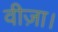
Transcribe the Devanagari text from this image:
वीज़ा।